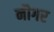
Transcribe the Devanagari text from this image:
नौगर